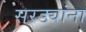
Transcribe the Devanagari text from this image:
सरड्यांना